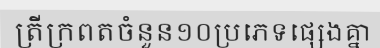
ត្រីក្រពតចំនួន១០ប្រភេទផ្សេងគ្នា